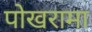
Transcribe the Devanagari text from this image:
पोखरामा